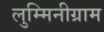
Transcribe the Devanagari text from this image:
लुम्मिनीग्राम